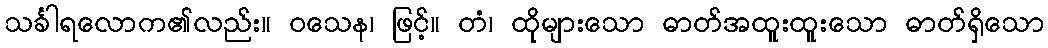
သင်္ခါရလောက၏လည်း။ ဝသေန၊ ဖြင့်။ တံ၊ ထိုများသော ဓာတ်အထူးထူးသော ဓာတ်ရှိသော